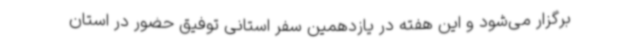
برگزار می‌شود و این هفته در یازدهمین سفر استانی توفیق حضور در استان